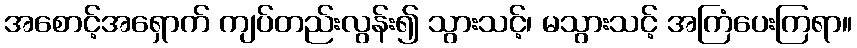
အစောင့်အရှောက် ကျပ်တည်းလွန်း၍ သွားသင့်၊ မသွားသင့် အကြံပေးကြရာ။